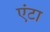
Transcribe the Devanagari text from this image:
एंटा